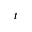
t